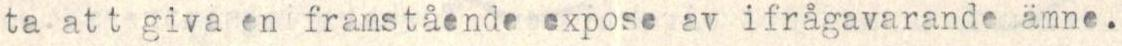
ta att giva en framstående expose av ifrågavarande ämne.